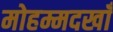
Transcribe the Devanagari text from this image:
मोहम्मदखाँ